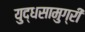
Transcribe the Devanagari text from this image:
युद्धसामुग्री